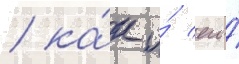
/ ка́к и́ его́